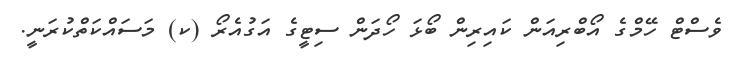
ވެސްޓް ހޭމްގެ އޯބްރިއަން ކައިރިން ބޯޅަ ހޯދަން ސިޓީގެ އަގުއެރޯ (ކ) މަސައްކަތްކުރަނީ.